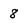
Character: 8